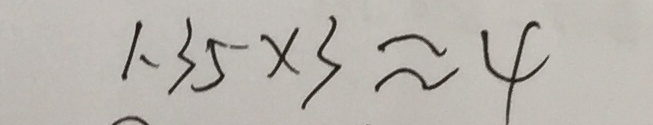
1 . 3 5 \times 3 \approx 4